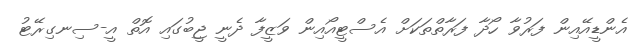
އެންޑީއޭއިން ފަރުވާ ހޯދާ ފަރާތްތަކަށް އެސްޓީއޯއިން ވަޒީފާ ދެނީ ޖީބުގައި އޮތް އީ-ސިނގިރޭޓު